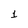
Character: 1